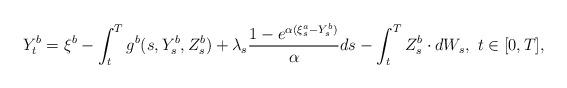
LaTeX: \begin{align*}Y_t^{b} = \xi^b-\int_{t}^{T}g^b(s, Y_s^{b}, Z_s^{b})+\lambda_s\frac{1-e^{\alpha(\xi^a_s-Y_s^{b})}}{\alpha}ds-\int_{t}^{T}Z_s^{b}\cdot dW_s, ~t\in[0, T],\end{align*}